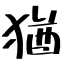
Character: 猶